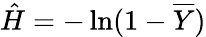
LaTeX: \hat{H}=-\ln(1-\overline{{Y}})